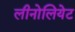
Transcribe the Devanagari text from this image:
लीनोलियेट